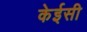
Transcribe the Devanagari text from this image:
केईसी